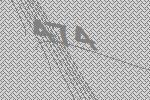
474